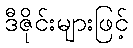
ဒီဇိုင်းများဖြင့်